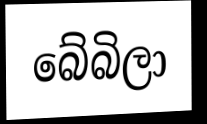
බේබිලා